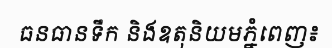
ធនធានទឹក និងឧតុនិយមភ្នំពេញ៖